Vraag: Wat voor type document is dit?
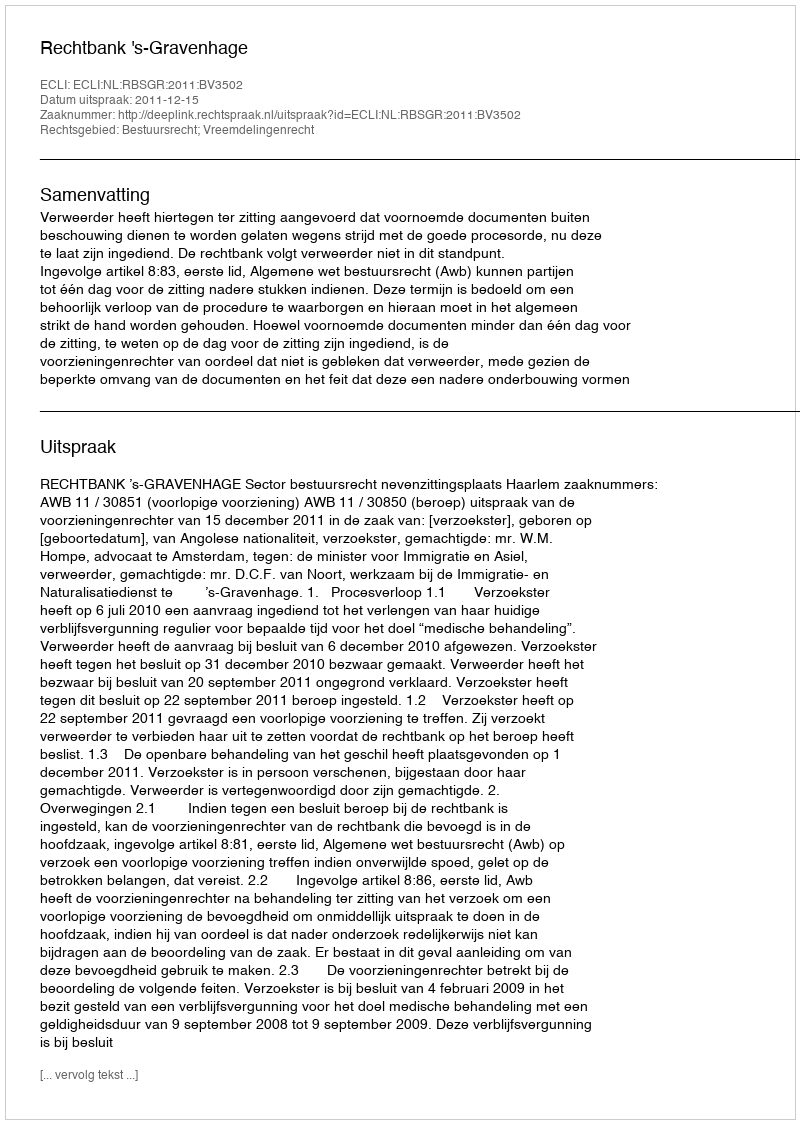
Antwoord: Uitspraak